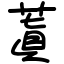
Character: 蒖